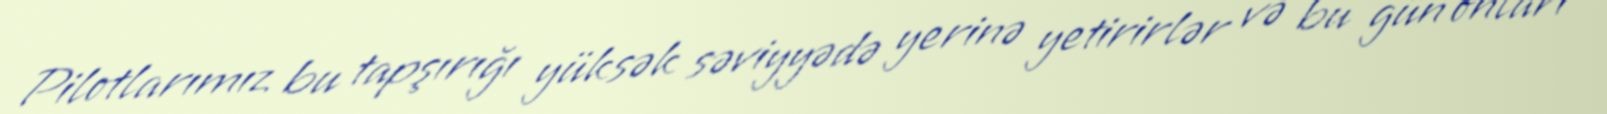
Pilotlarımız bu tapşırığı yüksək səviyyədə yerinə yetirirlər və bu gün onları